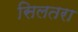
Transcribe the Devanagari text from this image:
सिलतरा